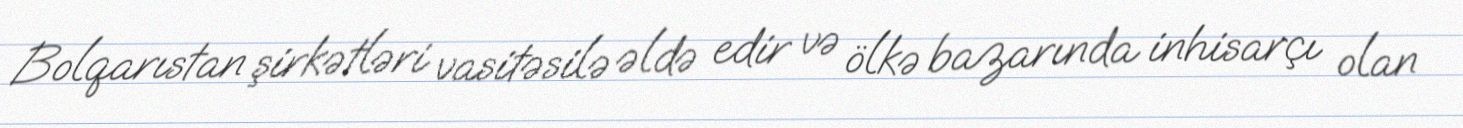
Bolqarıstan şirkətləri vasitəsilə əldə edir və ölkə bazarında inhisarçı olan